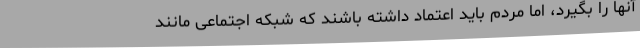
آنها را بگیرد، اما مردم باید اعتماد داشته باشند که شبکه اجتماعی مانند